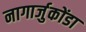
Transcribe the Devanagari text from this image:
नागार्जुकोंडा